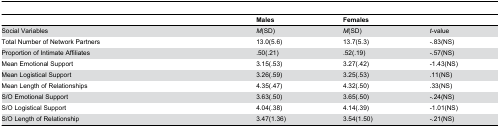
|  | Males | Females |  |
 | --- | --- | --- | --- |
 | Social Variables | M(SD) | M(SD) | t-value |
 | Total Number of Network Partners | 13.0(5.6) | 13.7(5.3) | -.83(NS) |
 | Proportion of Intimate Affiliates | .50(.21) | .52(.19) | -.57(NS) |
 | Mean Emotional Support | 3.15(.53) | 3.27(.42) | -1.43(NS) |
 | Mean Logistical Support | 3.26(.59) | 3.25(.53) | .11(NS) |
 | Mean Length of Relationships | 4.35(.47) | 4.32(.50) | .33(NS) |
 | S/O Emotional Support | 3.63(.50) | 3.65(.50) | -.24(NS) |
 | S/O Logistical Support | 4.04(.38) | 4.14(.39) | -1.01(NS) |
 | S/O Length of Relationship | 3.47(1.36) | 3.54(1.50) | -.21(NS) |